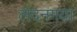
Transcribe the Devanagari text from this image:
लंदनगया